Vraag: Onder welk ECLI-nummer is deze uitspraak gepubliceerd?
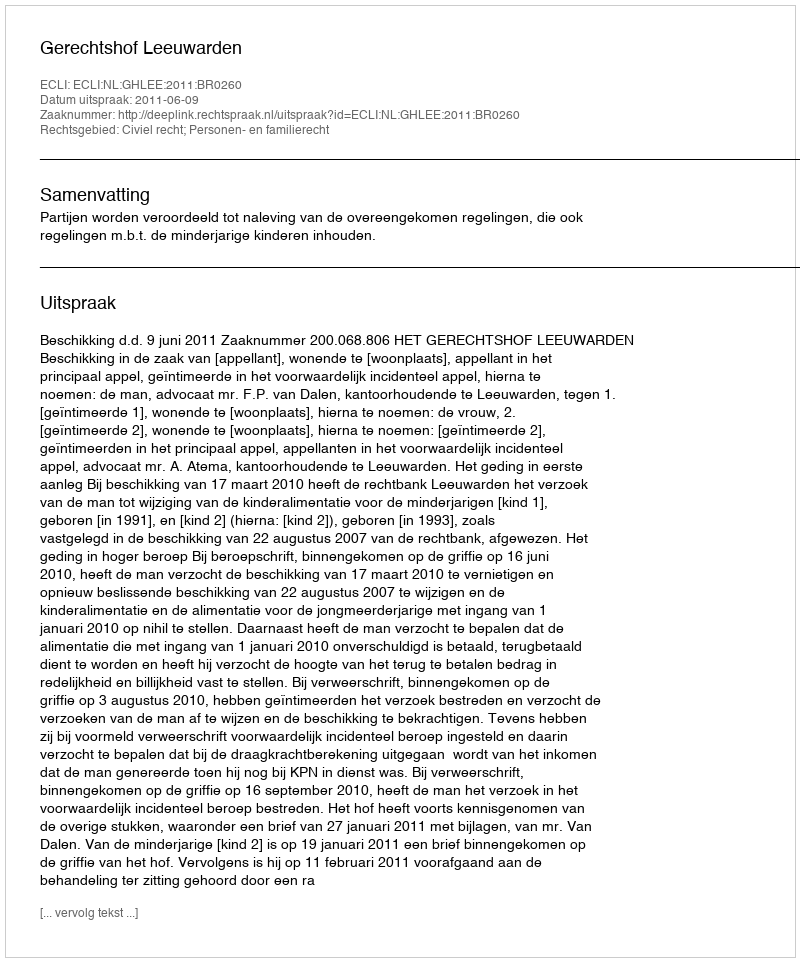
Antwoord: ECLI:NL:GHLEE:2011:BR0260